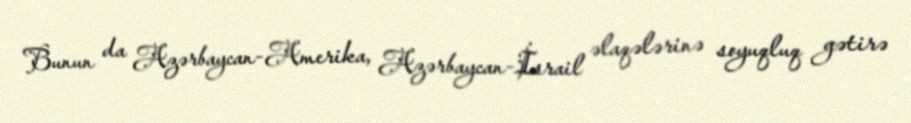
Bunun da Azərbaycan-Amerika, Azərbaycan-İsrail əlaqələrinə soyuqluq gətirə